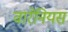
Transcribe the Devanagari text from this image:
वारेनियस